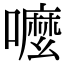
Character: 嚒